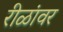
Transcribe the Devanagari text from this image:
रीळांवर